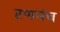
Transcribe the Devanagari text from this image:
रणमंच